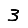
Digit: 3